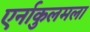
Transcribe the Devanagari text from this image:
एर्नाकुलमला